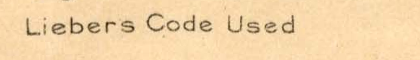
Liebers Code Used